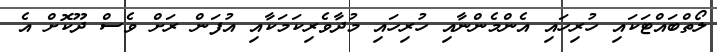
ލޯތްބައްޓަކައި ހުރިހައި އެންމެންނާއި ހުރިހައި މުދާވެރިކަމަކާއި އުފަން ރަށް ވެސް ދޫކޮށް އެ